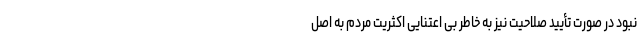
نبود در صورت تأیید صلاحیت نیز به خاطر بی اعتنایی اکثریت مردم به اصل